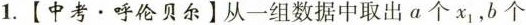
1.【中考·呼伦贝尔】从一组数据中取出a个x_{1}，b个